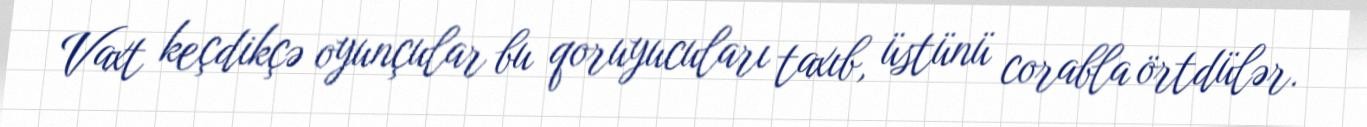
Vaxt keçdikçə oyunçular bu qoruyucuları taxıb, üstünü corabla örtdülər.